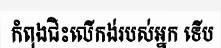
កំពុងជិះលើកង់របស់អ្នក ទើប